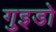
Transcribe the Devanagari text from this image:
गुइडो